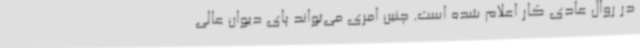
در روال عادی کار اعلام شده است. چنین امری می‌تواند پای دیوان عالی